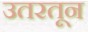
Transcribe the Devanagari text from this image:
उतरतून